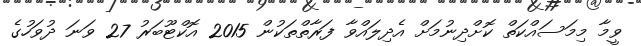
ވީމާ މިމަސައްކަތް ކޮށްދިނުމަށް އެދިލައްވާ ފަރާތްތަކުން 2015 އޮކްޓޫބަރު 27 ވަނަ ދުވަހުގެ